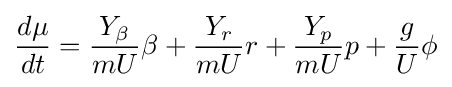
{\frac {d\mu }{dt}}={\frac {Y_{\beta }}{mU}}\beta +{\frac {Y_{r}}{mU}}r+{\frac {Y_{p}}{mU}}p+{\frac {g}{U}}\phi